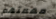
مهمتهم